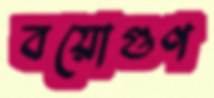
বয়োগুণ